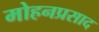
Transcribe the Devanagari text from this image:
मोहनप्रसाद